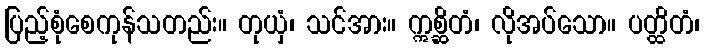
ပြည့်စုံစေကုန်သတည်း။ တုယှံ၊ သင်အား။ ဣစ္ဆိတံ၊ လိုအပ်သော။ ပတ္ထိတံ၊